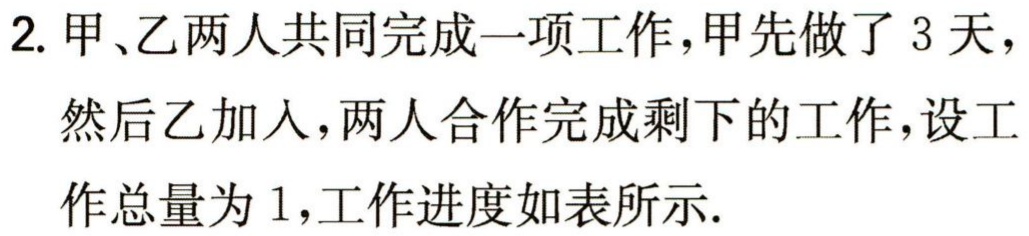
2. 甲、乙两人共同完成一项工作，甲先做了 3 天，然后乙加入，两人合作完成剩下的工作，设工作总量为 1，工作进度如表所示.